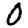
Digit: 0